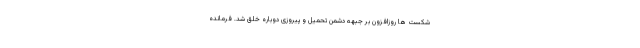
شکست ها روزافزون بر جبهه دشمن تحمیل و پیروزی دوباره خلق شد. فرمانده